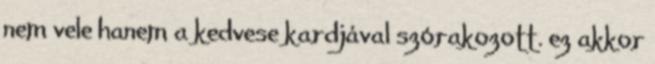
nem vele hanem a kedvese kardjával szórakozott. ez akkor